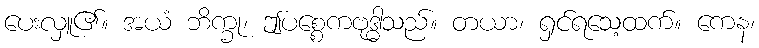
ပေးလှူ၏။ အယံ ဘိက္ခု၊ ဤပစ္စေကဗုဒ္ဓါသည်။ တယာ၊ ရှင်ရသေ့ထက်။ ကေန၊